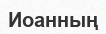
Иоанның